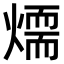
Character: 𤏙